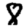
Digit: 8